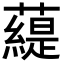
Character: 𧀠